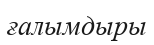
ғалымдыры